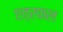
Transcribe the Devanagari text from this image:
एत्रफल